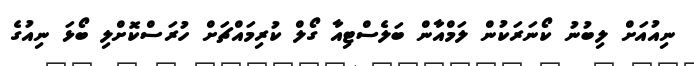
ނިއުއަށް ލިބުނު ކޯނަރަކުން ލަމްއާން ބަލެސްޓިއާ ގޯލް ކުރިމައްޗަށް ހުރަސްކޮށްލި ބޯޅަ ނިއުގެ